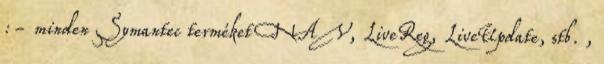
:- minden Symantec terméket NAV, LiveReg, LiveUpdate, stb. ,